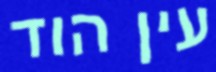
עין הוד